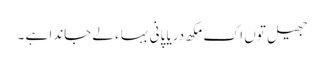
جھیل توں اک مکھ دریا پانی بہاء لے جاندا ہے ۔